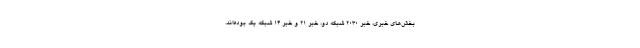
بخش‌های خبری، خبر ۲۰۳۰ شبکه دو، خبر ۲۱ و خبر ۱۴ شبکه یک بوده‌اند.